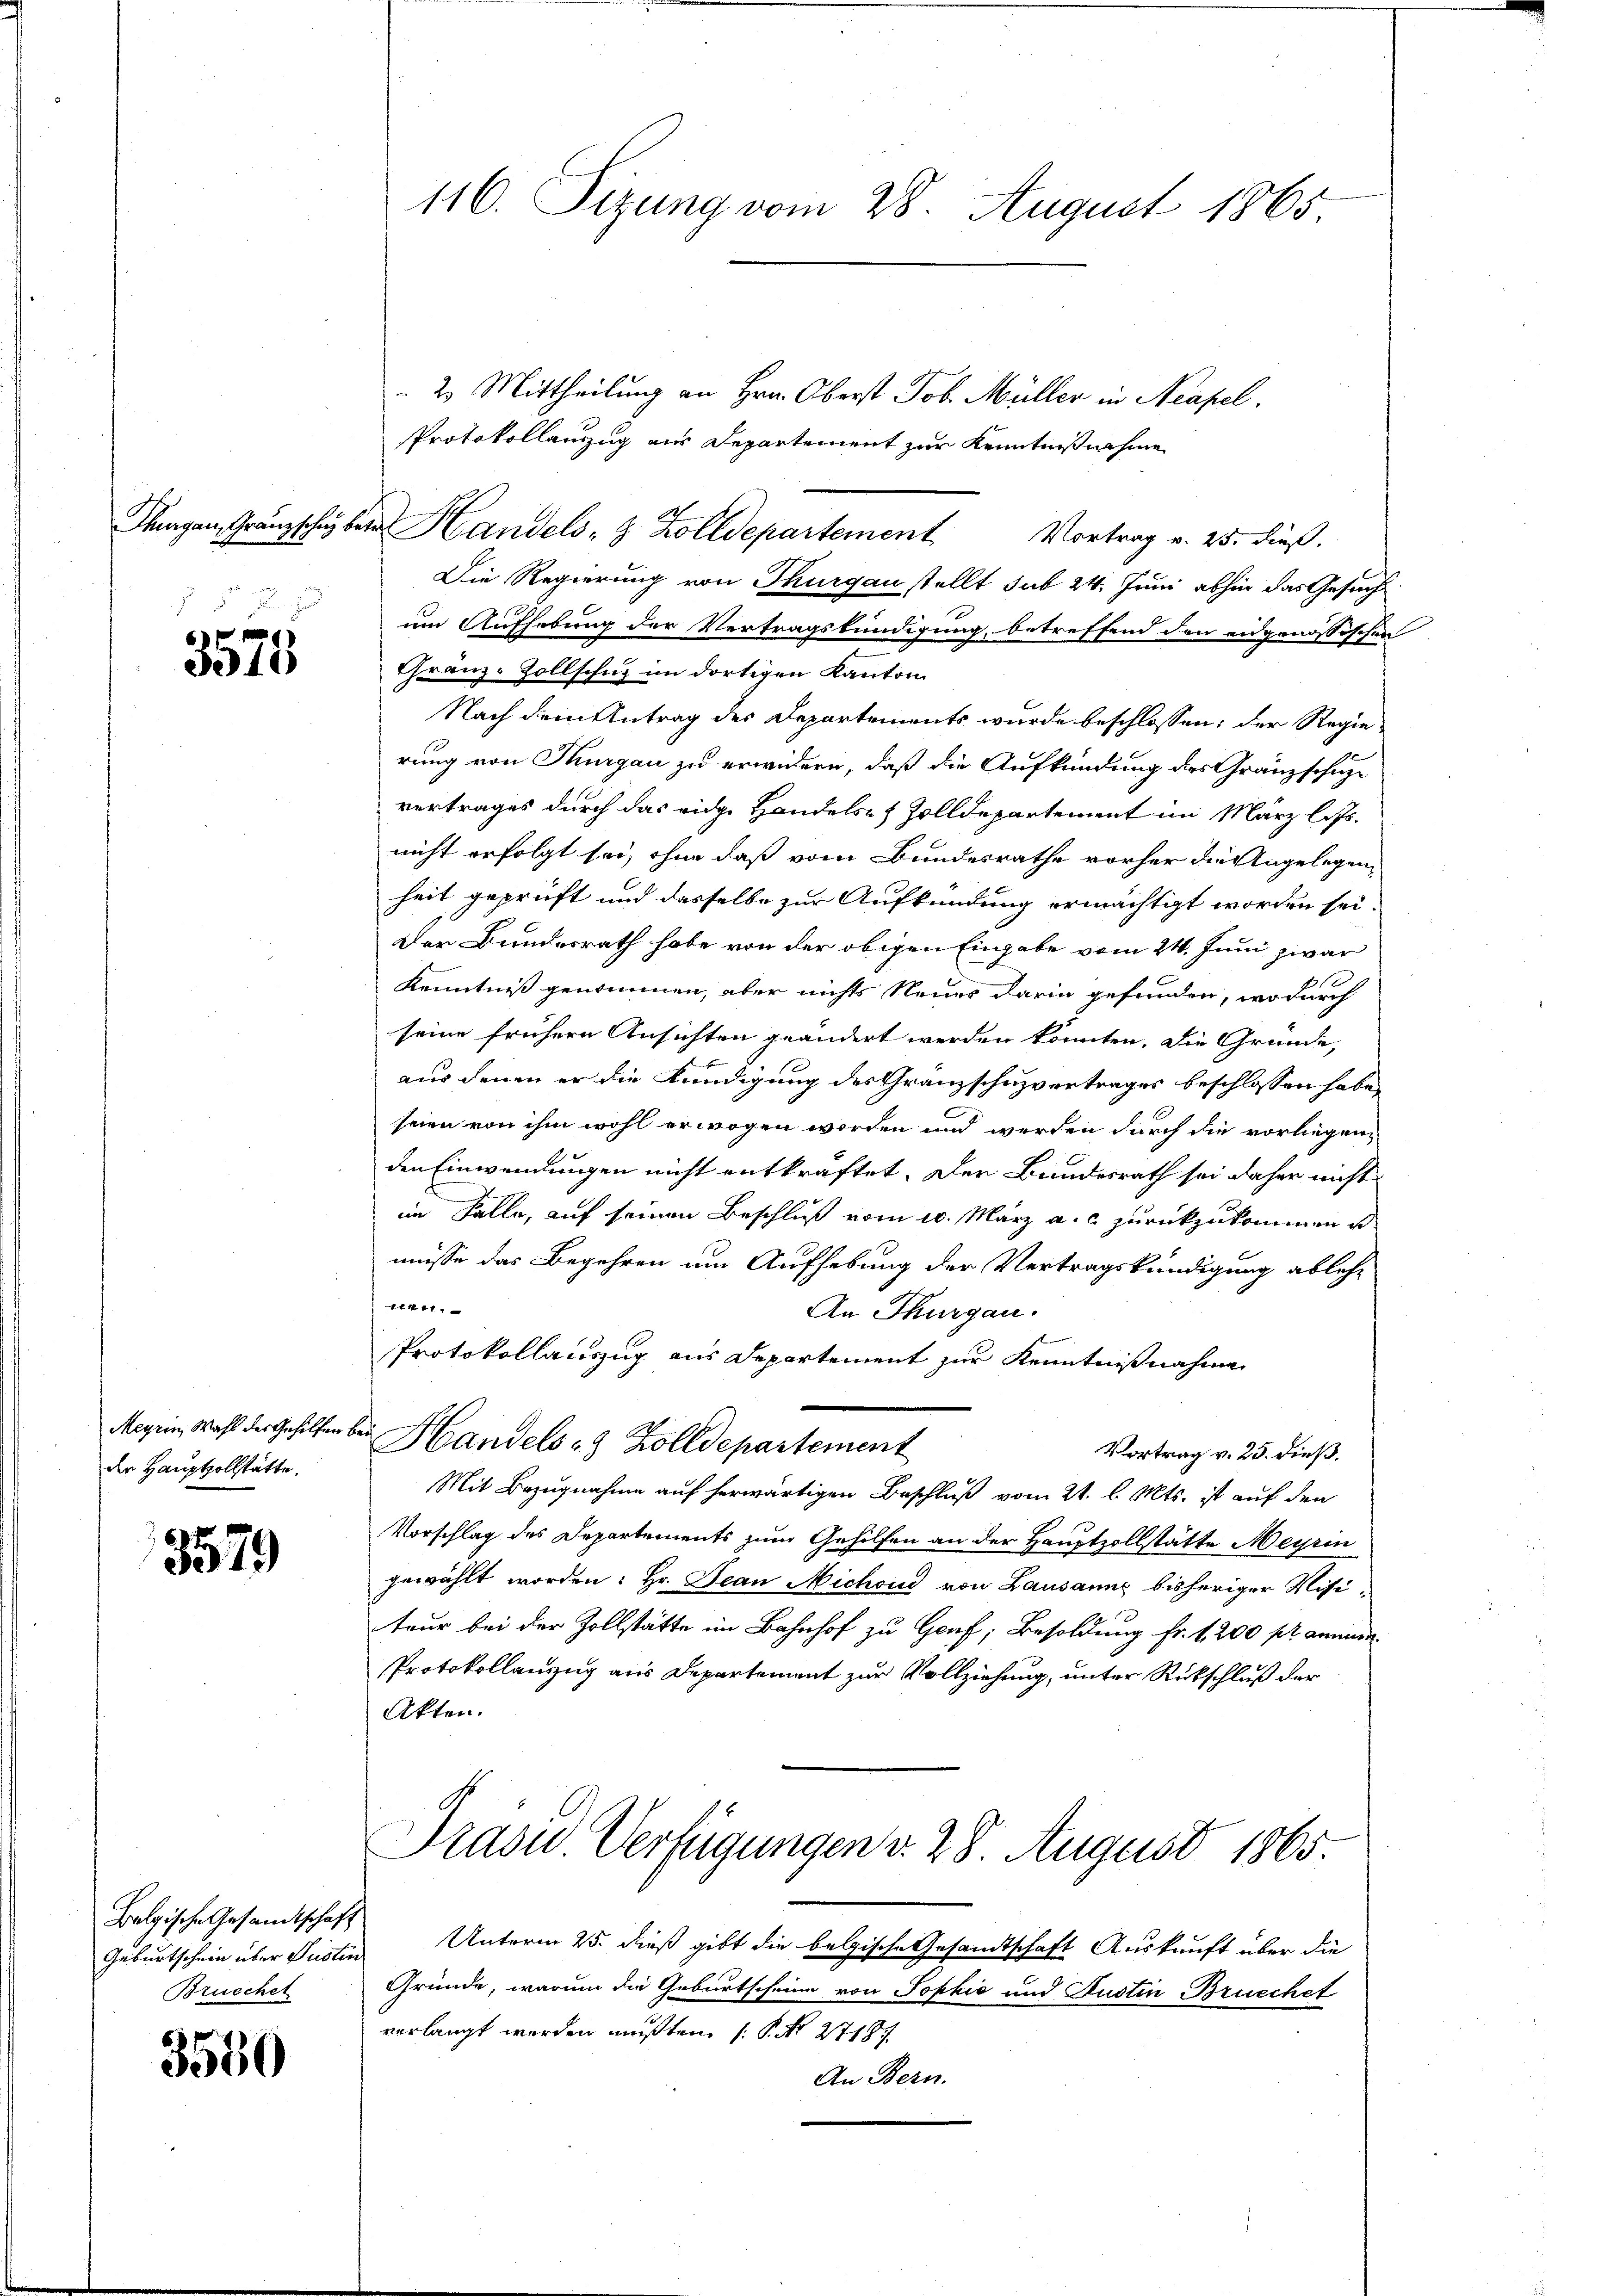
116. Sizung vom 28. August 1865

2. Mittheilung an Hrn. Oberst Job. Müller in Neapel.
Protokollauszug aus Departement zur Kenntnißnahme
Die Regierung von Thurgau stellt sub 24. Juni abhin das Gesuch
um Aufhebung der Vertragskundigung, betreffend den eidgenössischen
Gränz-Zollschuz im dortigen Kanton
Nach dem Antrag des Departements wurde beschlossen: der Regierung von Thurgau zu erwidern, daß die Aufkündung des Gränzschütze
vertrages durch das eidge Handels- & Zolldepartement im März lassnicht erfolgt sei, ohne daß vom Bundesrathe vorher die Angelegen
heit geprüft und dasselbe zur Aufkündung ermächtigt worden sei.
Der Bundesrath habe von der obigen Eingabe vom 24. Juni zwar
Kenntniß genommen, aber nichts Neues darin gefunden, wo durch
seine frühern Ansichten geändert werden könnten. Die Gründe,
aus denen er die Kündigung des Granzschuzvertrages beschlossen habe,
seien von ihm wohl erwogen worden und werden durch die vorliegenden Einwendungen nicht entkräftet. Der Bundesrath sei daher nicht
im Falle, auf seinen Beschluß vom 10. März a.c. zurückzukommen ist
müsse das Begehren um Aufhebung der Vertragskündigung ablehe
1441
An Thurgau.
Protokollauszug aus Departement zur Kenntnißnahme
u Handels 8 Zolldepartement
Vortrag v. 25. dieß.
Mit Bezugnahme auf herwärtigen Beschluß vom 21. l. Mts. ist auf den
Vorschlag des Departements zum Gehilfen an der Hauptzollstätte Meyrin
gewählt worden: Hr. Jean Michoud von Lausanns bisheriger Visi
teur bei der Zollstätte im Bahnhof zu Genf, Besoldung fr. 1200 fr aminis
Protokollauszug aus Departement zur Vollziehung, unter Rückschluß der
Akten.
Dradu Verfügungen v. 28. August 1865.
Unterm 25. dieß gibt die belgische Gesandtschaft Auskunft über die
Gründe, warum die Geburtscheine von Tophie und Justin Brucchet
verlangt worden mußten. (S. 2718
An Bern.

Thagen, Granzsche bei Handels- z. Zolldepartement Vortrag v. 25. dieß.

3575

Meyrin, Wahl der Gehilfen.
der Hauptzollstätte.

3579

Belgische Gesandtschaft
Geburtschein über Justin
Brueckel

3550